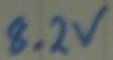
Text: 8.2V